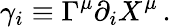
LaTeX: \gamma_{i}\equiv\Gamma^{\mu}\partial_{i}X^{\mu}\, .